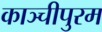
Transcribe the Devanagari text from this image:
काञ्चीपुरम